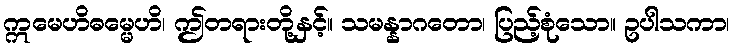
ဣမေဟိဓမ္မေဟိ၊ ဤတရားတို့နှင့်။ သမန္နာဂတော၊ ပြည့်စုံသော။ ဥပါသကာ၊